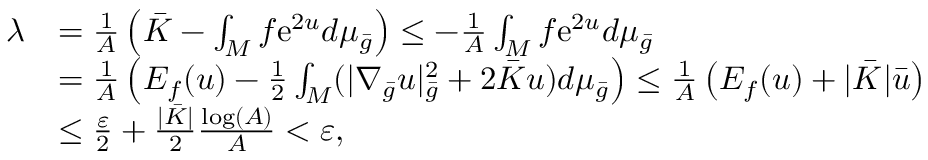
\begin{array} { r l } { \lambda } & { = \frac { 1 } { A } \left( \bar { K } - \int _ { M } f \mathrm { e } ^ { 2 u } d \mu _ { \bar { g } } \right) \le - \frac { 1 } { A } \int _ { M } f \mathrm { e } ^ { 2 u } d \mu _ { \bar { g } } } \\ & { = \frac { 1 } { A } \left( E _ { f } ( u ) - \frac 1 2 \int _ { M } ( | \nabla _ { \bar { g } } u | _ { \bar { g } } ^ { 2 } + 2 \bar { K } u ) d \mu _ { \bar { g } } \right) \le \frac { 1 } { A } \left( E _ { f } ( u ) + | \bar { K } | \bar { u } \right) } \\ & { \le \frac { \varepsilon } { 2 } + \frac { | \bar { K } | } { 2 } \frac { \log ( A ) } { A } < \varepsilon , } \end{array}